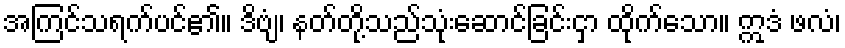
အကြင်သရက်ပင်၏။ ဒိဗျံ၊ နတ်တို့သည်သုံးဆောင်ခြင်းငှာ ထိုက်သော။ ဣဒံ ဖလံ၊